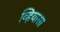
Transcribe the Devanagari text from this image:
व्हियासा